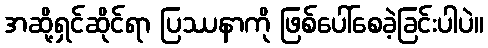
အဆို့ရှင်ဆိုင်ရာ ပြဿနာကို ဖြစ်ပေါ်စေခဲ့ခြင်းပါပဲ။